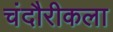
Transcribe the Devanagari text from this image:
चंदौरीकला